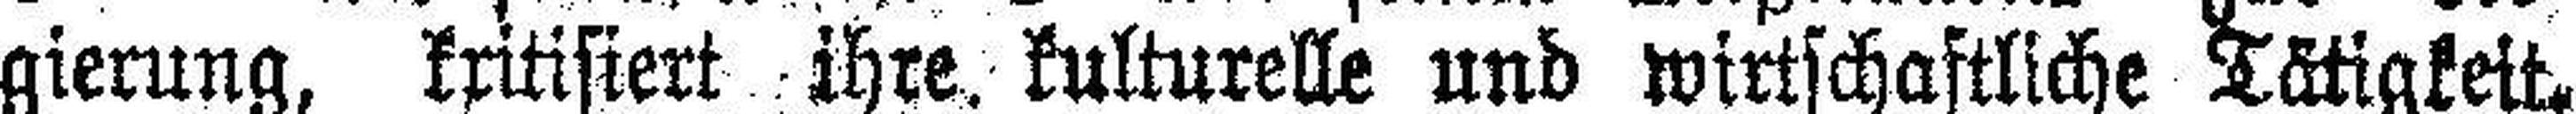
gierung, kritisiert ihre. kulturelle und wirtschaftliche Tätigkeit.